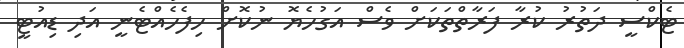
ޓެކްސީ ދަތުރު ކުރާ ފަރާތްތަކަށް ވެސް އަގުހެޔޮ ނުކޮށް ހިފެހެއްޓެނީ އަދި ޑިއުޓީ